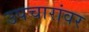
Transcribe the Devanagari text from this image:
उपचारांवर